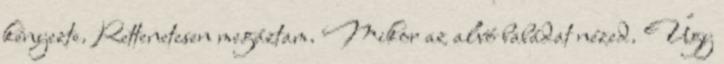
kényezte. Rettenetesen megáztam. Mikor az alvó babádat nézed. Úgy